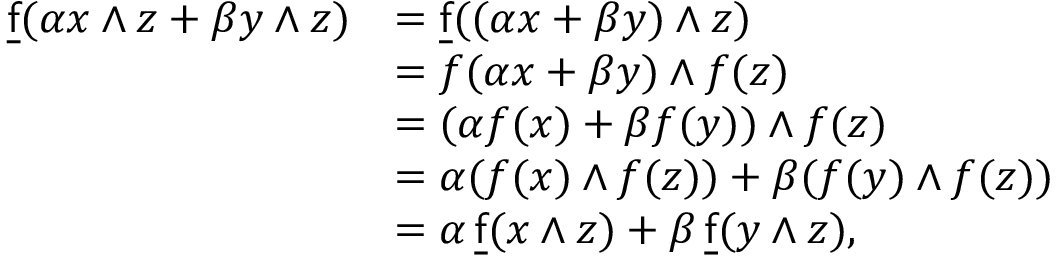
{ \begin{array} { r l } { { \underline { { \mathsf { f } } } } ( \alpha x \wedge z + \beta y \wedge z ) } & { = { \underline { { \mathsf { f } } } } ( ( \alpha x + \beta y ) \wedge z ) } \\ & { = f ( \alpha x + \beta y ) \wedge f ( z ) } \\ & { = ( \alpha f ( x ) + \beta f ( y ) ) \wedge f ( z ) } \\ & { = \alpha ( f ( x ) \wedge f ( z ) ) + \beta ( f ( y ) \wedge f ( z ) ) } \\ & { = \alpha \, { \underline { { \mathsf { f } } } } ( x \wedge z ) + \beta \, { \underline { { \mathsf { f } } } } ( y \wedge z ) , } \end{array} }